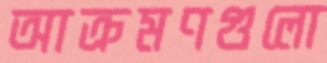
আক্রমণগুলো